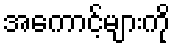
အကောင့်များကို